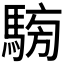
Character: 𩤐